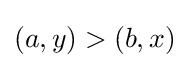
(a,y)>(b,x)